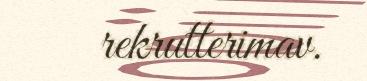
rekrutterimav.